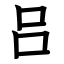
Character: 吕